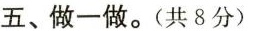
五、做一做。(共8分)